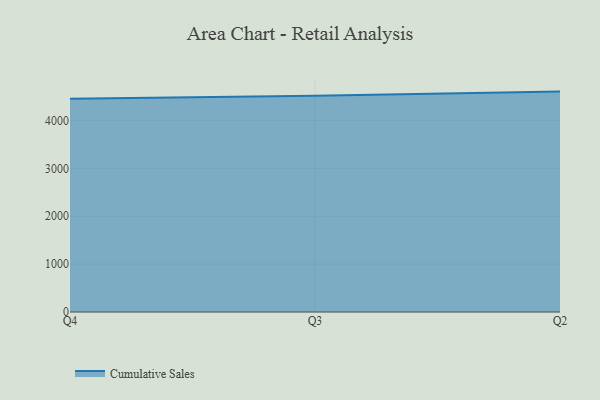
{"axis": {"x": "Quarter", "y": "Gross Profit (USD K)"}, "legend": ["Cumulative Sales"], "data": [{"x": "Q4", "y": 4452.3, "type": "Cumulative Sales"}, {"x": "Q3", "y": 4515.8, "type": "Cumulative Sales"}, {"x": "Q2", "y": 4602.6, "type": "Cumulative Sales"}]}